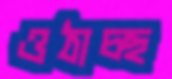
ওঠাচ্ছ